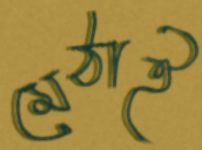
মেঠাই